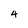
Character: 4